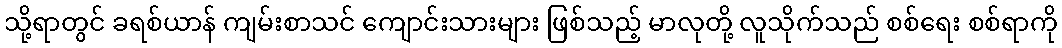
သို့ရာတွင် ခရစ်ယာန် ကျမ်းစာသင် ကျောင်းသားများ ဖြစ်သည့် မာလုတို့ လူသိုက်သည် စစ်ရေး စစ်ရာကို